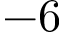
- 6